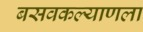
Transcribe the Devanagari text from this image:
बसवकल्याणला